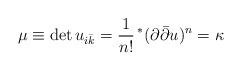
LaTeX: \begin{align*}\mu \equiv \det u_{i\bar{k}}= \frac{1}{n!}\, ^* ( \partial \bar{\partial} u )^n = \kappa\end{align*}